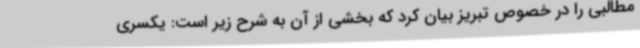
مطالبی را در خصوص تبریز بیان کرد که بخشی از آن به شرح زیر است: یکسری